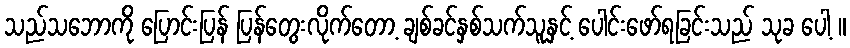
သည်သဘောကို ပြောင်းပြန် ပြန်တွေးလိုက်တော့ ချစ်ခင်နှစ်သက်သူနှင့် ပေါင်းဖော်ရခြင်းသည် သုခ ပေါ့ ။